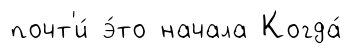
почт'и́ э́то начала Когда́